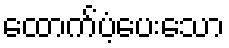
ထောက်ပံ့ပေးသော